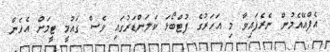
އެފްއޭއެމުން ނެރެފައިވާ މި އަހަރުގެ ފުޓްބޯޅަ ކަލަންޑަރުގައި ވެސް ގައުމީ ޓީމަށް އެހެން